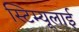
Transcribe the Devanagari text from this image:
स्टिम्यूलाई